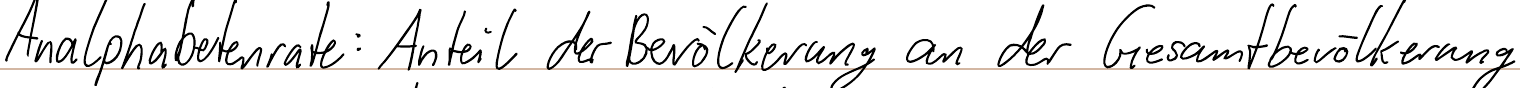
Analphabetenrate: Anteil der Bevölkerung an der Gesamtbevölkerung